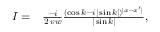
\begin{array} { r l } { I = } & { { } \frac { - i } { 2 \: v w } \frac { ( \cos k - i | \sin k | ) ^ { | x - x ^ { \prime } | } } { | \sin k | } , } \end{array}